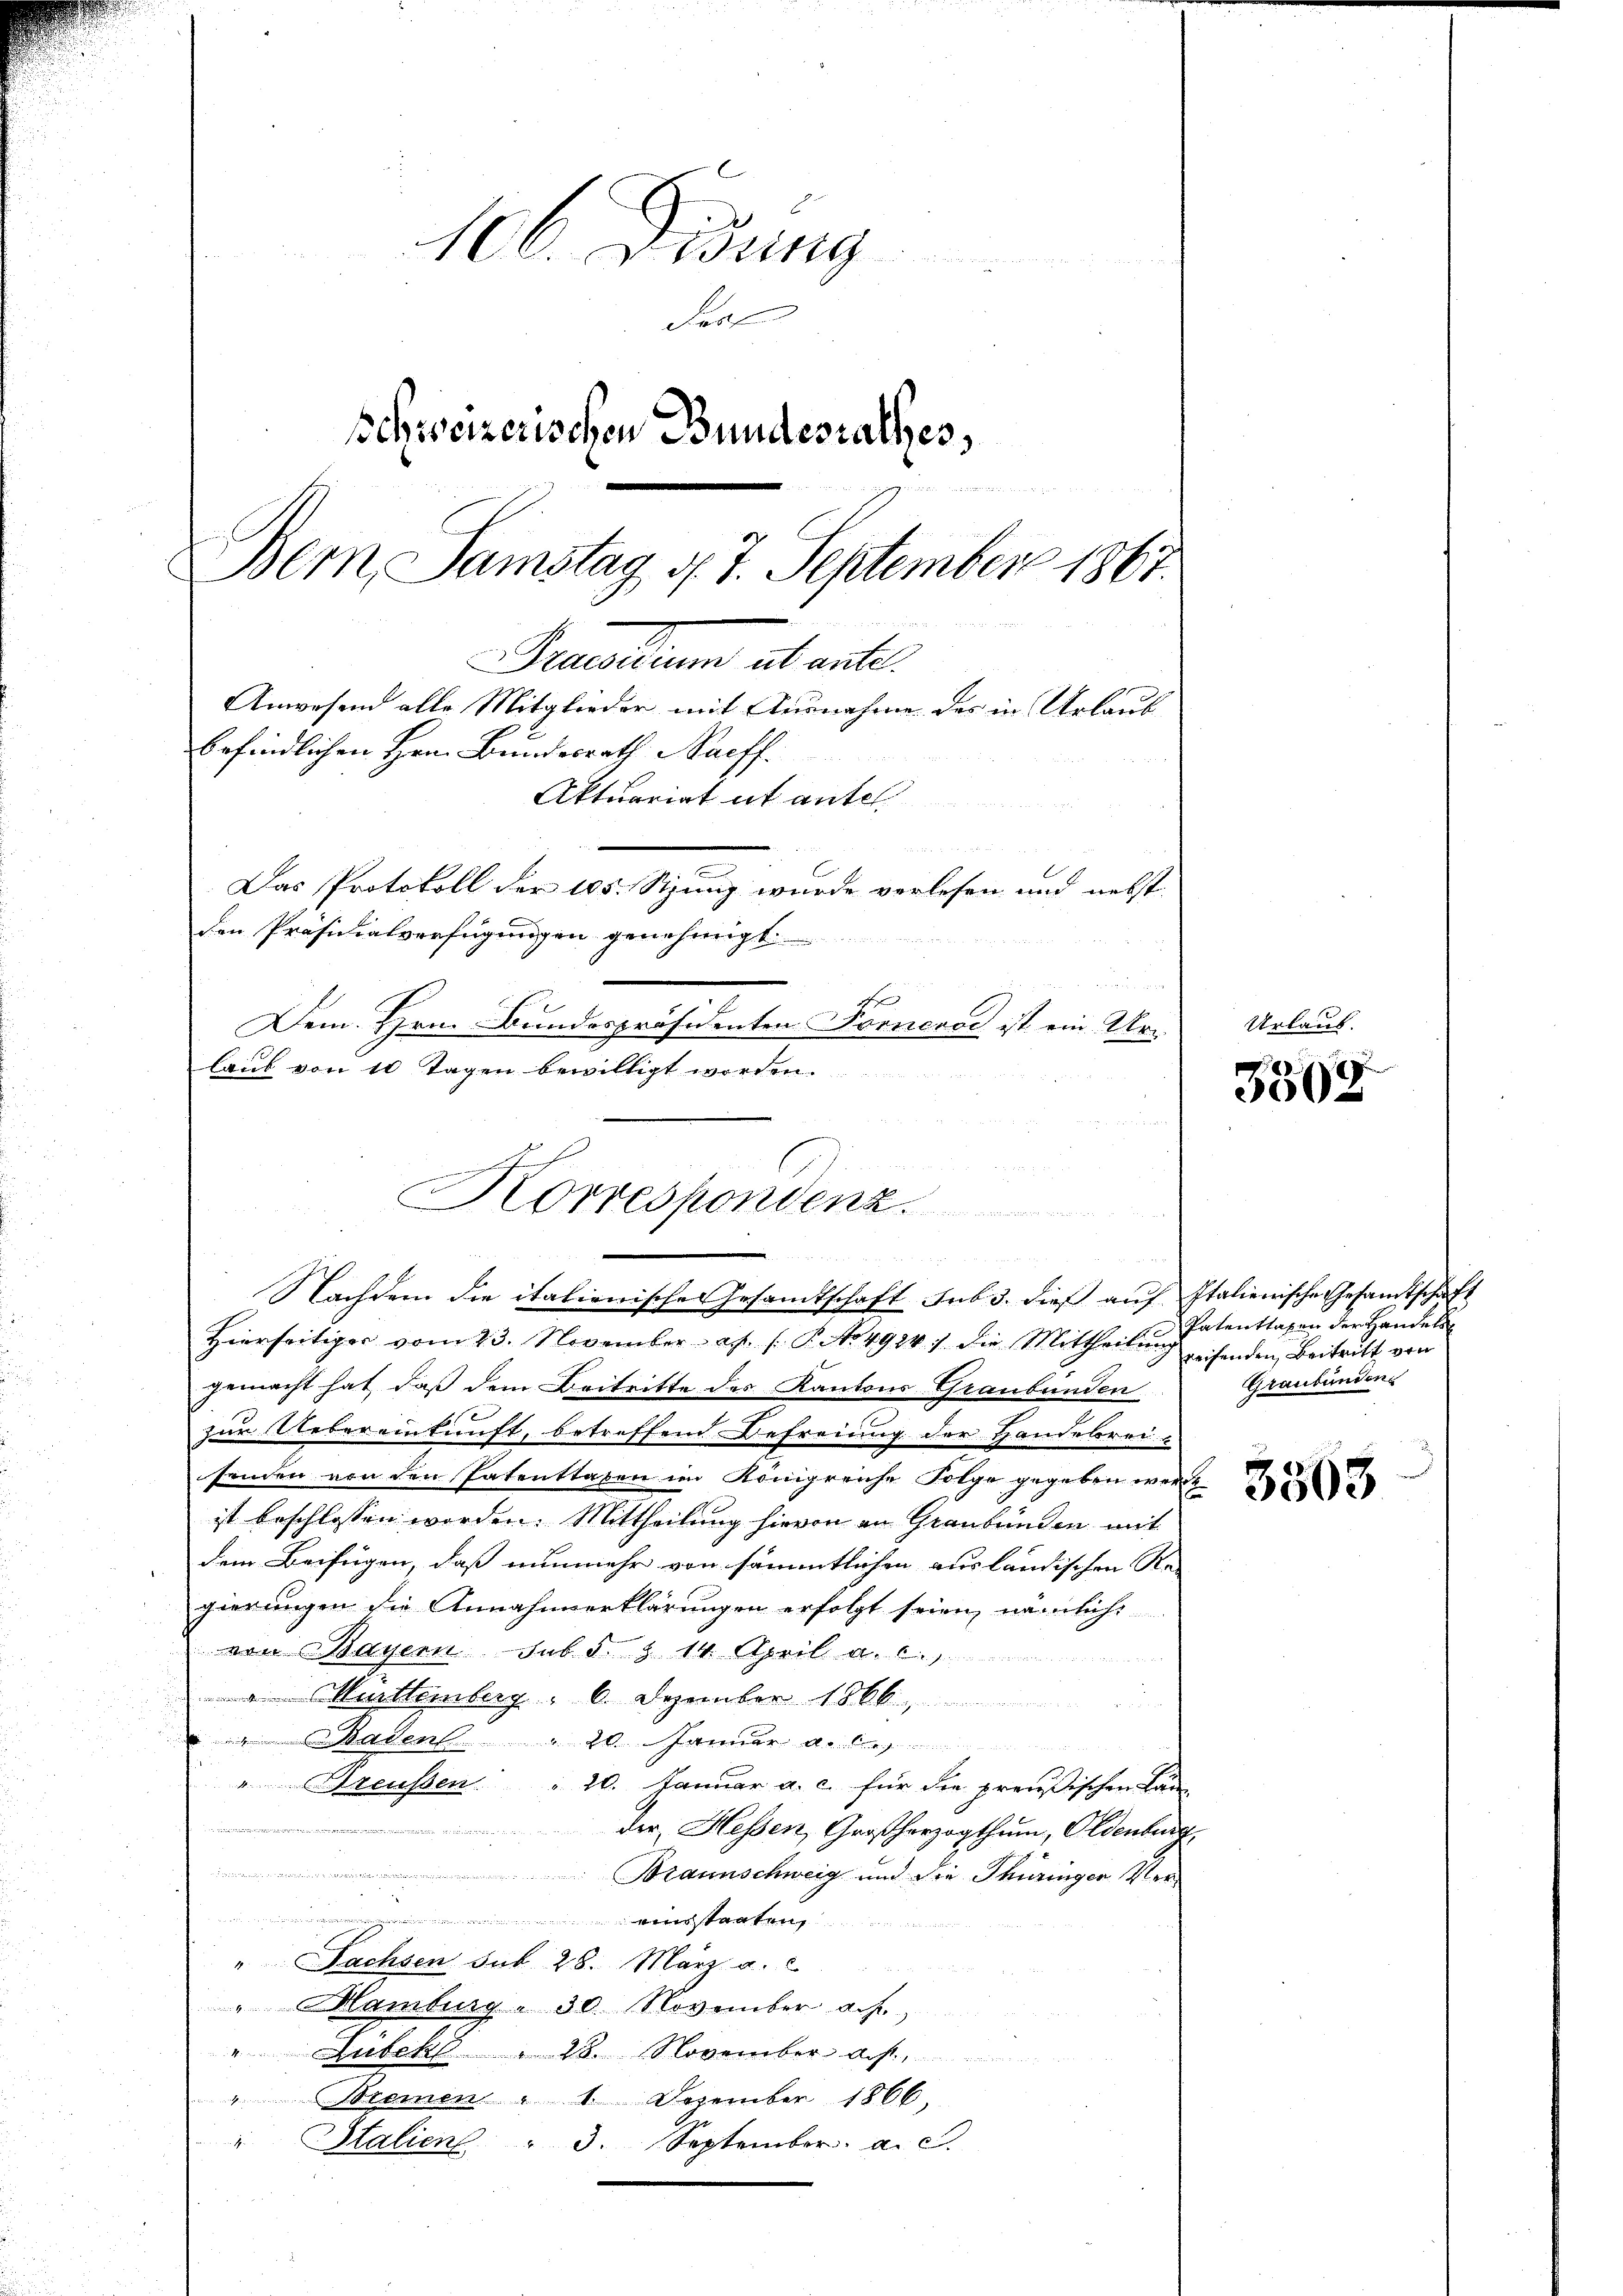
106. Didung

Prof
Schweizerischen Bundesrathes,

Dem Samstag d. 7. September 1867.

Sicalium abante
Anwesend alle Mitglieder mit Ausnahme des in Urlaub
Erfindlichen Hrn. Bundesrath Saeff.
Aktuariat ut antel

Das Protokoll der 105. Sitzung wurde verlesen und nebst
den Präsidialverfügungen genehmigt.
n
Dem Hrn. Bundespräsidenten Fornerod ist ein Urlaub von 10 Tagen bewilligt worden.

Korrespondenz.
u
Nachdem die italienisches Gesandtschaft sub 3. dieß auf Italienische Gesandtschaft

u

Hierseitiger vom 23. November es. (T. No 4924) die Mittheilŭng
gemacht hat, daß dem Beitritte des Kantons Graubünden
zur Uebereinkunft, betreffend Befreiung der Handelsreisenden von den Patenthaben im Königreiche Folge gegeben werd
ist beschlossen worden. Mittheilung hievon an Graubünden mit
dem Beifügen, daß nunmehr von sämmtlichen ausländischen Re-
gierungen die Annahmerklärungen erfolgt seien, nämlich
von Bayern sub. §. § 14. April a. c.
 Murttemberg " 6. Dezember 1866,
 Baden " 20. Januar
"Breussen " 20. Januar a. c. für die preußischen Lan
 der Hessen, Großherzogthum, Oldenburg,
 Braunschweig und die Thüringer Vert
" Sachsen sub 28. März a. c.
" Hamburg - 30. November a.h.
" Lubek 28. November acht.
"Bremen " 1. Dezember 1866
" Salien " 3. September. a. c.

Urlaub.

3508

Patenttaxen der Handels
reifenden Beitritt von
Graubünden
3563